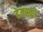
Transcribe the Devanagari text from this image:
हेक्स्को